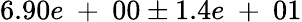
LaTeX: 6.90e\mathrm{~+~}00\pm 1.4e\mathrm{~+~}01